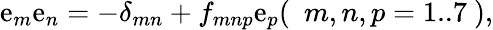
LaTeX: \mathrm{e}_{m}\mathrm{e}_{n}=-\delta_{mn}+f_{mnp}\mathrm{e}_{p}(~{\ m,n,p=1..7}~),